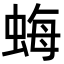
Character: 𧋟